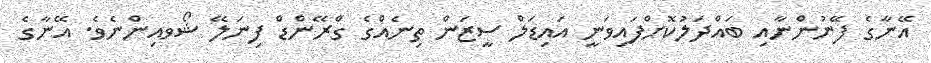
އޭނާގެ ފޭނުންނާއި ބައްދަލުކޮށްފައިވަނީ އައިޑަލް ސީޒަން ތިނެއްގެ ގްރޭންޑް ފިނަލޭ ޝޯވއިންނެވެ. އޭނާގެ